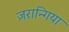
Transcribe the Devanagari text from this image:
ज़रान्गिया